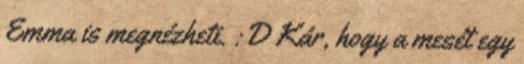
Emma is megnézheti. :D Kár, hogy a mesét egy